King Institute of Preventive Medicine Micro-Biological Section reports 1909-11
Year: 1909
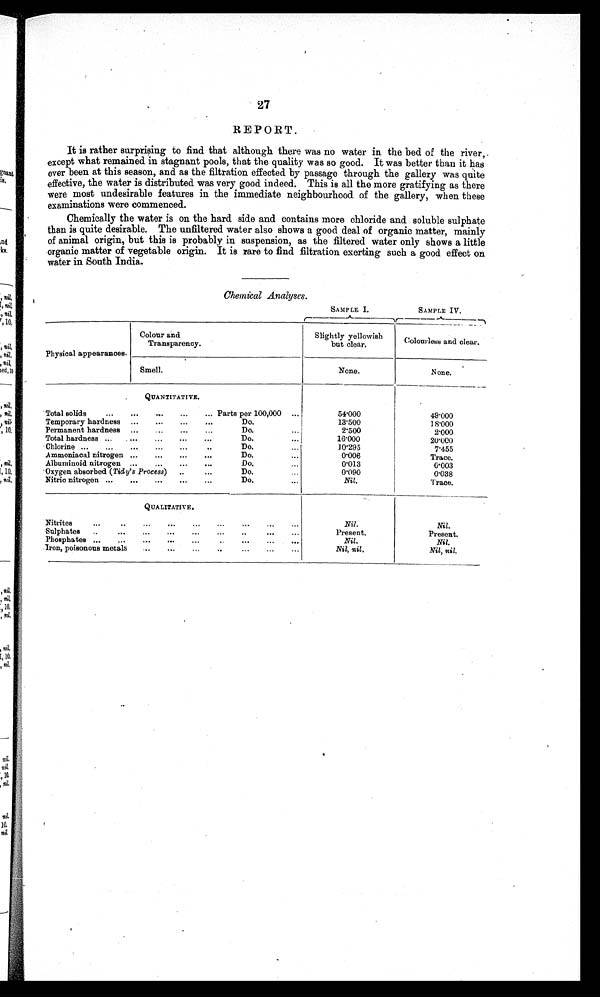
27
REPORT.
It is rather surprising to find that although there was no water in the bed of the river,.
except what remained in stagnant pools, that the quality was so good. It was better than it has
ever been at this season, and as the filtration effected by passage through the gallery was quite
effective, the water is distributed was very good indeed. This is all the more gratifying as there
were most undesirable features in the immediate neighbourhood of the gallery, when these
examinations were commenced.
Chemically the water is on the hard side and contains more chloride and soluble sulphate
than is quite desirable. The unfiltered water also shows a good deal of organic matter, mainly
of animal origin, but this is probably in suspension, as the filtered water only shows a little
organic matter of vegetable origin. It is rare to find filtration exerting such a good effect on
water in South India.
Chemical Analyses.
Physical appearances.
Colour and
Transparency.
Slightly yellowish
but clear.
Colourless and clear.
Smell.
None.
None.
QUANTITATIVE.
Total solids
Parts per 100,000
5 4 · 0 0 0
4 9 · 0 0 0
Temporary hardness
Do.
1 3 · 5 0 0
1 8 · 0 0 0
Permanent hardness
Do.
2·500
2·000
Total hardness
Do.
1 6 · 0 0 0
2 0 · 0 0 0
Chlorine
Do.
l 0 · 2 9 5
7·455
Ammoniacal nitrogen
Do.
0·006
Trace.
Albuminoid nitrogen
Do.
0·013
0·003
Oxygen absorbed ( Tidy' s Process)
Do.
0·090
0·038
Nitric nitrogen
Do.
Nil.
Trace.
QUALITATIVE.
Nitrites
Nil.
Nil.
Sulphates
Present.
Present.
Phosphates
Nil.
Nil.
Iron, poisonous metals
Nil, nil.
Nil, nil.